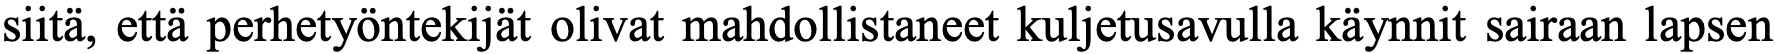
siitä, että perhetyöntekijät olivat mahdollistaneet kuljetusavulla käynnit sairaan lapsen